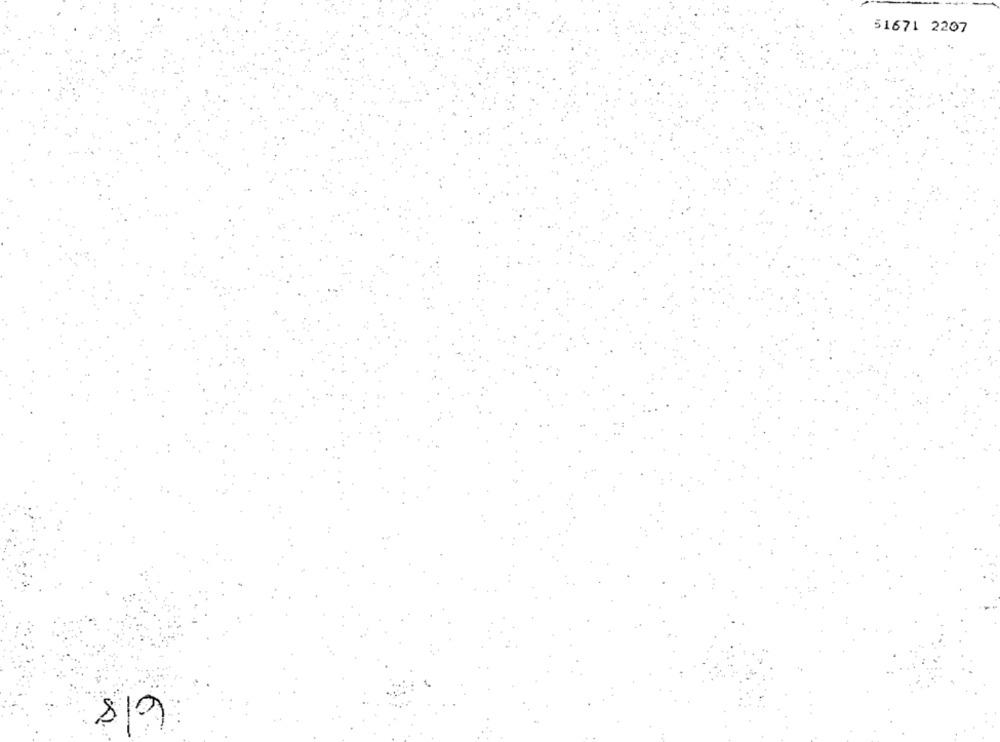
51671 2207
68